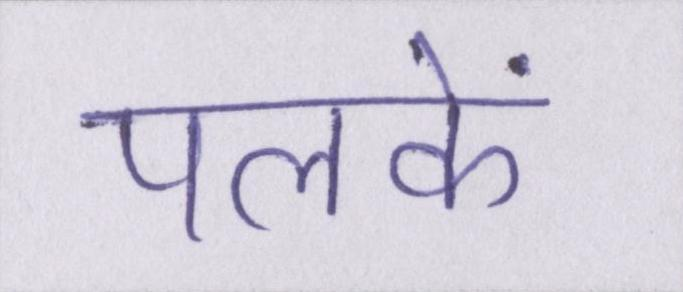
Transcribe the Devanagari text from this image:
पलकें